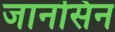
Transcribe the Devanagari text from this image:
जानसिन